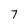
Character: 7